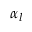
\alpha _ { l }